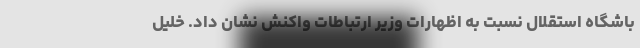
باشگاه استقلال نسبت به اظهارات وزیر ارتباطات واکنش نشان داد. خلیل